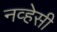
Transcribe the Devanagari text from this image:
नव्हेसी